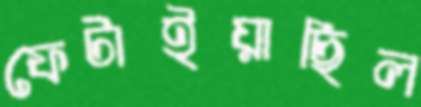
ফেটাইয়াছিল